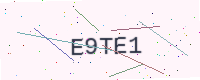
Text: E9TE1